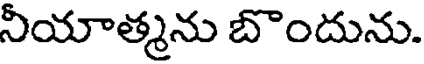
నీయాత్మను బొందును.